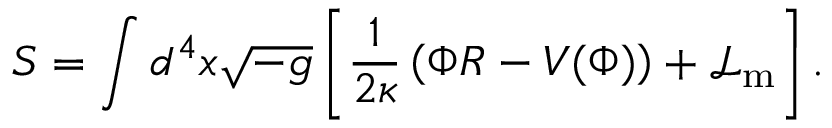
S = \int d ^ { 4 } x { \sqrt { - g } } \left[ { \frac { 1 } { 2 \kappa } } \left( \Phi R - V ( \Phi ) \right) + { \mathcal { L } } _ { \mathrm { m } } \right] .